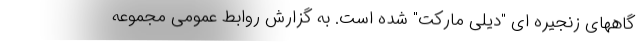
گاههای زنجیره ای "دیلی مارکت" شده است. به گزارش روابط عمومی مجموعه